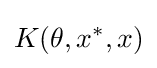
K(\theta ,x^{*},x)